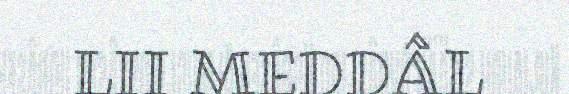
LII MEDDÂL